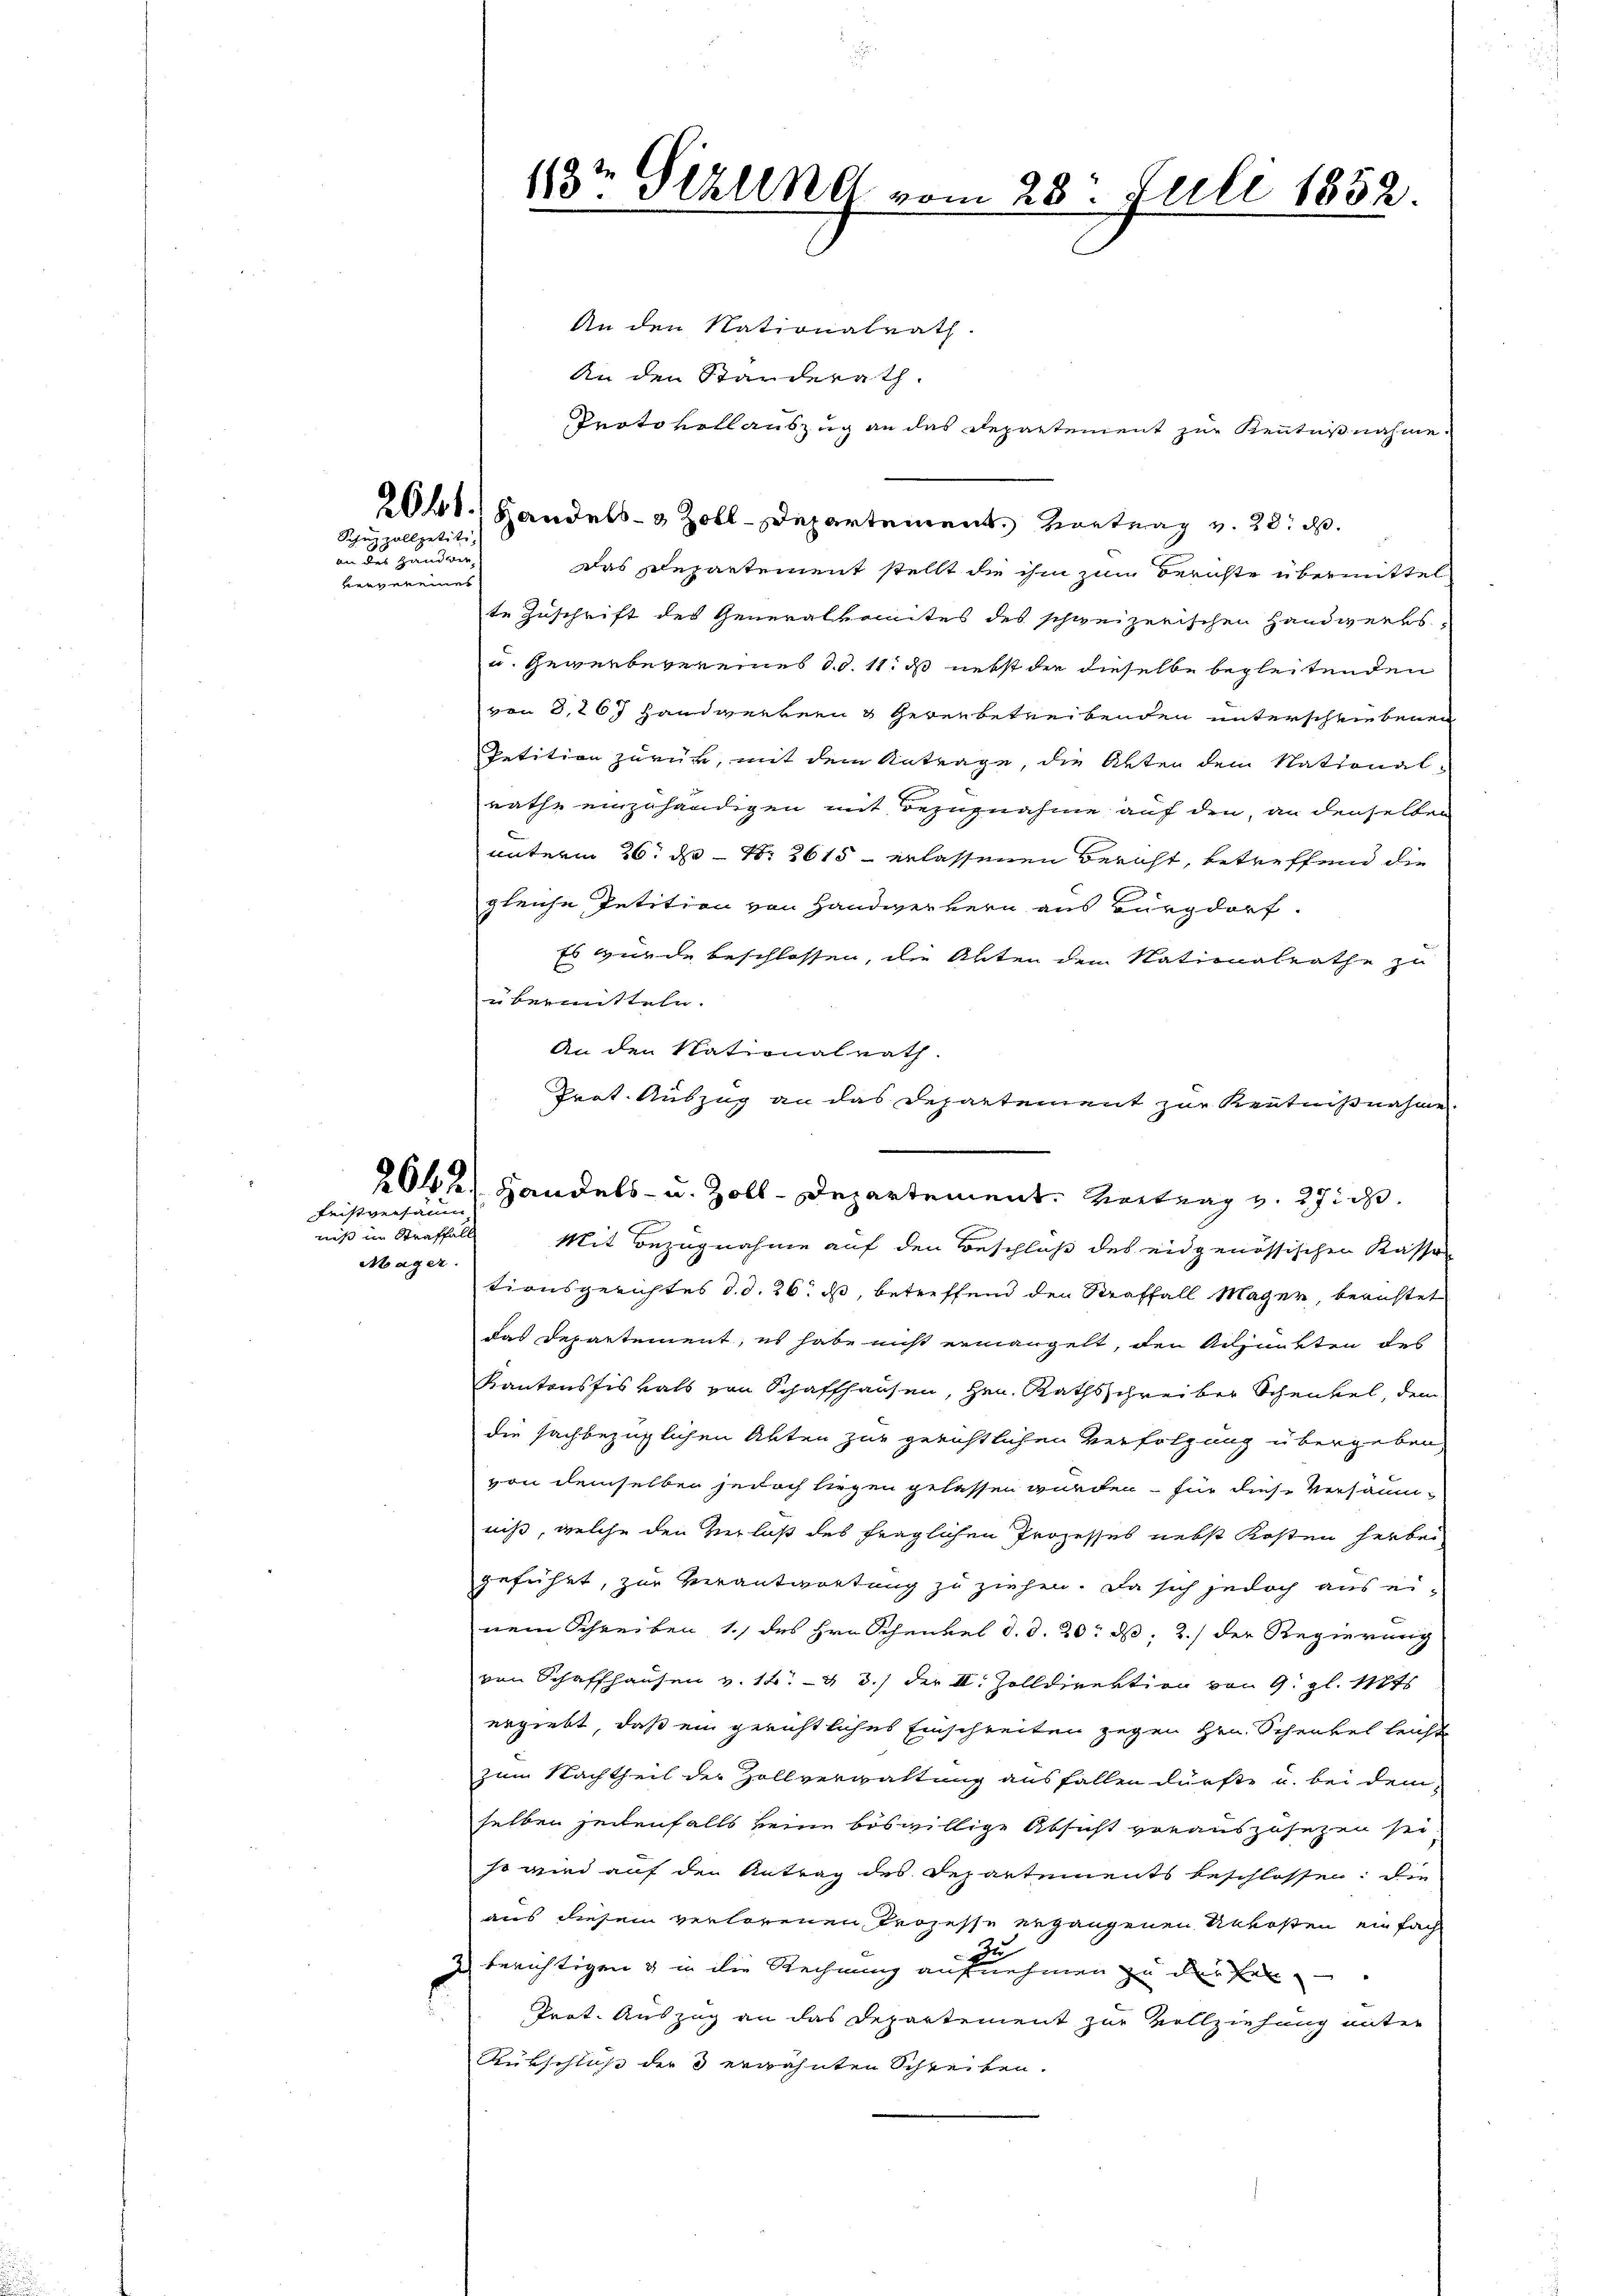
Schüzzollpetiti,
aon des Handwer

es

Mager.

Fristversamm
niß im Straffall

An den Nationalrath.
An den Standerath.
Protokollauszug an das Departement zur Kenntnißnahme.
2041.) Handels- & Zoll-Departement Vortrag v. 28. d.
das schepartement stellt die ihm zum Berichte übermittel
te Zuschrift des Generalkomites des schweizerischen Handwerks-
u. Gewerbevereines 10. 11. ds nebst die dieselbe begleitenden
von 8,267 Handwerkern & gerenbetreibenden unterschriebenen
Petition zurück, mit dem Antrage, die Akten dem National-
rathe einzuhändigen mit Bezugnahme auf den, an denselben
unterm 26. d. S. 2615 erlassenen Bericht, betreffend die
gleiche Petition von Handwerkern aus Burgdorf.
Es wurde beschlossen, die Alten den Nationalrathe zu
übermitteln.
An den Nationalrath.
Prot. Auszug an das Departement zur Kenntnißnahme.
Mit Bezugnahme auf den Beschluß des eidgenössischen Kassen
tionsgerichtes d. d. 26. ß, betreffend den Straffall Mager, berichtet
das Departement, es habe nicht ermangelt, den Adjunkten des
Kantonsfiskals von Schaffhausen, Hrn. Rathsschreiber Schenkel, dem
die sachbezüglichen Akten zur gerichtlichen Verfolgung übergeben
von demselben jedoch liegen gelassen wurden – für diese Versäumniß, welche den Verlaß des fraglichen Prozesses nebst Kosten herbei
geführt, zur Verantwortung zu ziehen. Da sich jedoch aus einem Schreiben, 1.) des Hrn. Schenkel d. d. 20. d. 2.) der Regierung
von Schaffhausen v. 12. & 3.) der II. Zolldirektion von 9. gl. 1188
ergiebt, daß ein gerichtliches Einschreiten gegen Hrn. Schenkel leicht
zum Nachtheil der Zollverwaltung ausfallen dürfte u. bei dem-
selben seitenfalls keine böswillige Absicht vorauszusetzen sei
so wird auf den Antrag des Departements beschlossen: die
aus diesem verlorenen Prozesse ergangenen Unkosten einfach
z berichtigen & in die Rechnung aufnehmen zu der Fin
Prot. Auszug an das Departement zur Vollziehung unter
Rükschluß der 3 erwähnten Schreiben.

13t Sekund vom 23. Juli 1852.

204 f. Handels- u. Zoll-Departement. Vertrag v. 27. ds.